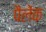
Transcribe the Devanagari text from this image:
पैलेंक